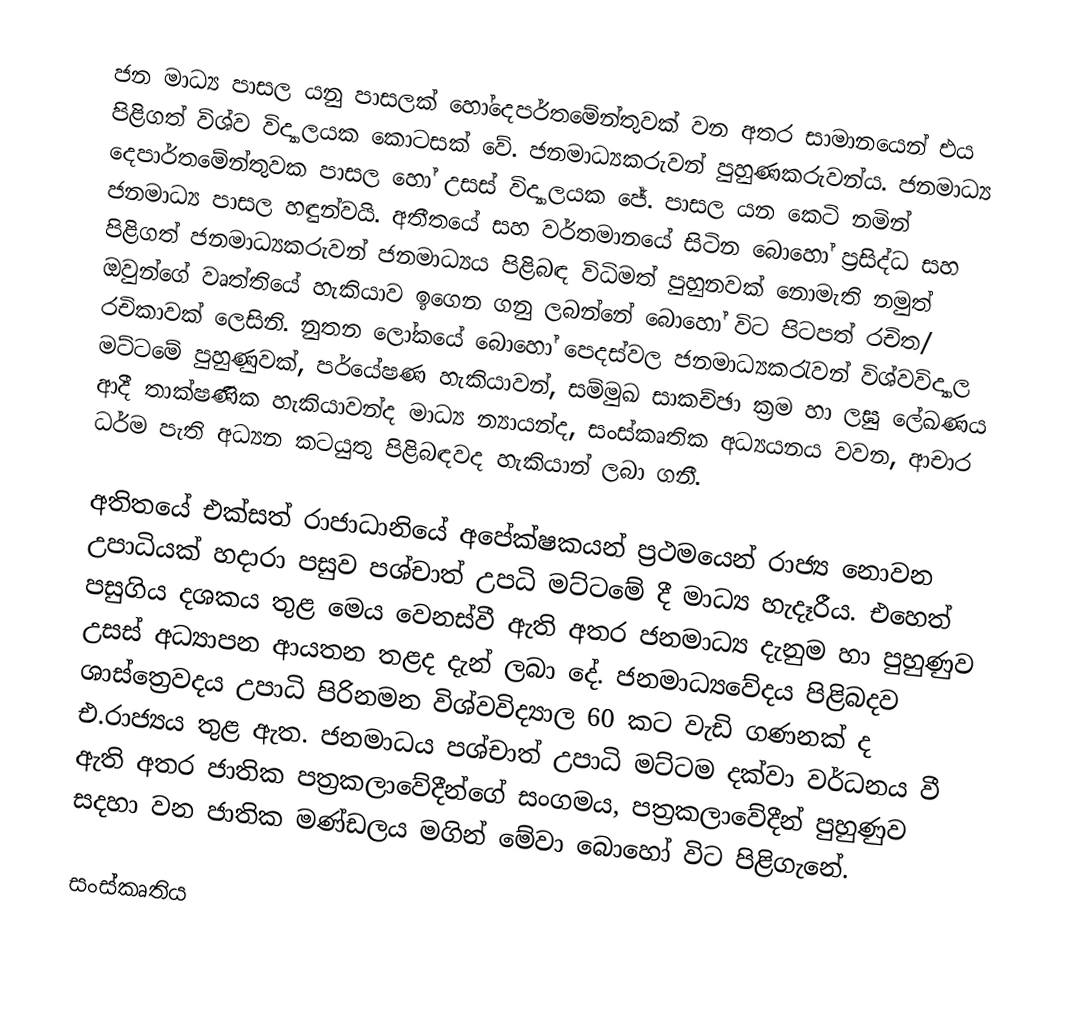
ජන මාධ්‍ය පාසල යනු පාසලක් හෝදෙපර්තමේන්තුවක් ‍වන අතර සාමානයෙන් එය පිළිගත් විශ්ව විද්‍යාලයක කොටසක් වේ. ජනමාධ්‍යකරුවන් පුහුණකරුවන්ය. ජනමාධ්‍ය දෙපාර්තමේන්තුවක පාසල හෝ උසස් විද්‍යාලයක ජේ. පාසල යන කෙටි නමින් ජනමාධ්‍ය පාසල හඳුන්වයි. අතීතයේ සහ වර්තමානයේ සිටින බොහෝ ප්‍රසිද්ධ සහ පිළිගත් ජනමාධ්‍යකරුවන් ජනමාධ්‍යය පිළිබඳ විධිමත් පුහුනවක් නොමැති නමුත් ඔවුන්ගේ වෘත්තියේ හැකියාව ඉගෙන ගනු ලබන්නේ බොහෝ විට පිටපත් රචිත/ රචිකාවක් ලෙසිනි. නුතන ලෝකයේ බොහෝ පෙදස්වල ජනමාධ්‍යකරැවන් විශ්වවිද්‍යාල මට්ටමේ පුහුණුවක්, පර්යේෂණ හැකියාවන්, සම්මුඛ සාකච්ඡා ක්‍රම හා ලඝු ලේඛණය ආදී තාක්ෂණික හැකියාවන්ද මාධ්‍ය න්‍යායන්ද, සංස්කෘතික අධ්‍යයනය වවන, ආචාර ධර්ම පැති අධ්‍යන කටයුතු පිළිබඳවද හැකියාන් ලබා ගනී.

අතිතයේ එක්සත් රාජාධානියේ  අපේක්ෂකයන් ප්‍රථමයෙන් රාජ්‍ය නොවන උපාධියක් හදාරා පසුව පශ්චාත් උපධි මට්ටමේ දී මාධ්‍ය හැදෑරීය. එහෙත් පසුගිය දශකය තුළ මෙය වෙනස්වී ඇති අතර ජනමාධ්‍ය දැනුම හා පුහුණුව උසස් අධ්‍යාපන ආයතන තළද දැන් ලබා දේ. ජනමාධ්‍යවේදය පිළිබදව ශාස්ත්‍රෙවදය උපාධි පිරිනමන විශ්වවිද්‍යාල 60 කට වැඩි ගණනක් ද එ.රාජ්‍යය තුළ ඇත. ජනමාධ‍ය පශ්චාත් උපාධි මට්ටම දක්වා වර්ධනය වී ඇති අතර ජාතික පත්‍රකලාවේදීන්ගේ සංගමය, පත්‍රකලාවේදීන් පුහුණුව සදහා වන ජාතික මණ්ඩලය මගින් මේවා බොහෝ විට පිළිගැනේ.

සංස්කෘතිය